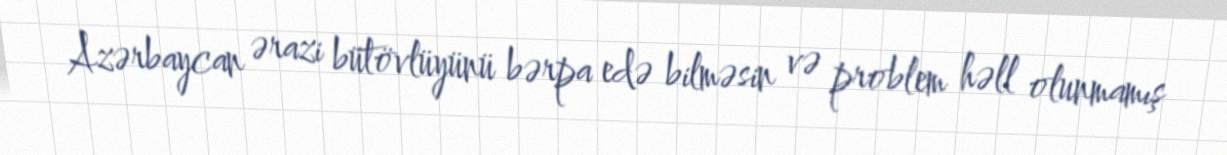
Azərbaycan ərazi bütövlüyünü bərpa edə bilməsin və problem həll olunmamış